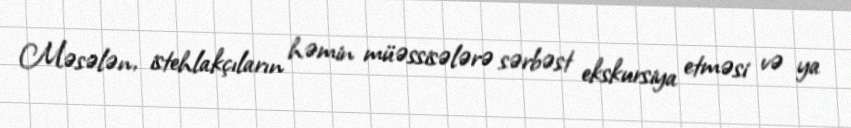
Məsələn, istehlakçıların həmin müəssisələrə sərbəst ekskursiya etməsi və ya